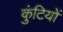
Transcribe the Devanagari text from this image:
कुंटियों